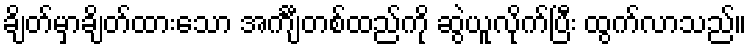
ချိတ်မှာချိတ်ထားသော အင်္ကျီတစ်ထည်ကို ဆွဲယူလိုက်ပြီး ထွက်လာသည်။